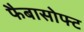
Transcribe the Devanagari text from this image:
फैबासोफ्ट